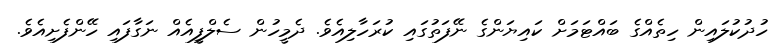
ހުދުކުލައިން ހިތެއްގެ ބައްޓަމަށް ކައިޔަންގެ ނޭފަތުގައި ކުރަހާލިއެވެ. ދެމީހުން ސެލްފީއެއް ނަގާފައި ހޭންފެށިއެވެ.